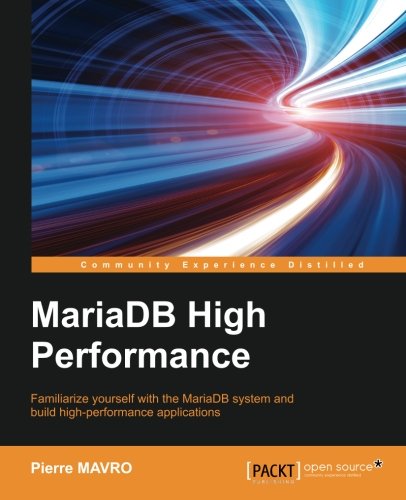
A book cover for MariaDB High Performance; Pierre MAVRO; Computers & Technology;